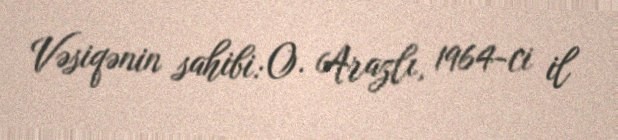
Vəsiqənin sahibi: O. Arazlı, 1964-ci il